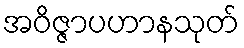
အဝိဇ္ဇာပဟာနသုတ်